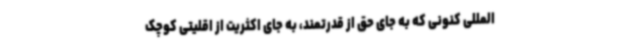
المللی کنونی که به جای حق از قدرتمند، به جای اکثریت از اقلیتی کوچک